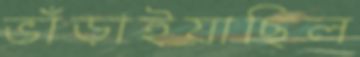
ভাঁড়াইয়াছিল